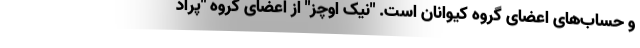
و حساب‌های اعضای گروه کیواِنان است. "نیک اوچز" از اعضای گروه "پراد